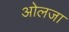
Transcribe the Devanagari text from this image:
ओलजा